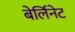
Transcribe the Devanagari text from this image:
बेर्लिनेट